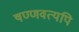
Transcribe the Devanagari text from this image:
षण्णवत्यपि